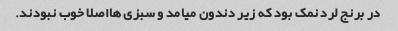
در برنج لرد نمک بود که زیر دندون میامد و سبزی هااصلا خوب نبودند.